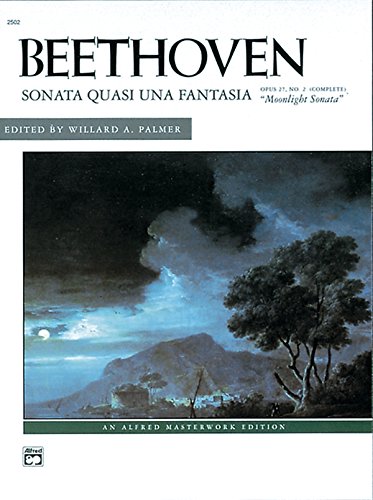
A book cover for Moonlight Sonata, Op. 27, No. 2 (Complete) (Alfred Masterwork Edition); Ludwig van Beethoven; Humor & Entertainment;